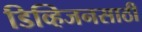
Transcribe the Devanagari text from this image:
डिव्हिजनसाठी